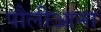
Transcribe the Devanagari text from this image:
पौलीआना